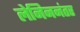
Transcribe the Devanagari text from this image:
लेनिननंतर